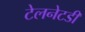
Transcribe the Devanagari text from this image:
टेलनेटडी